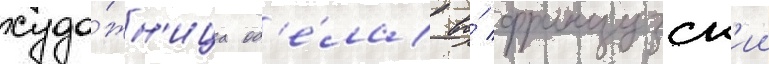
худо́жн'ица од'е́ла во́ французск'ии